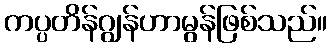
ကပ္ပတိန်ဂျွန်ဟာမွန်ဖြစ်သည်။